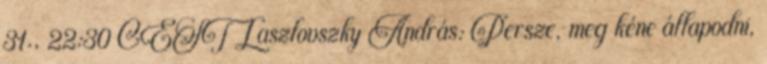
31., 22:30 CEST Laszlovszky András: Persze, meg kéne állapodni,